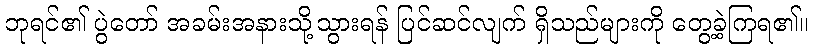
ဘုရင်၏ ပွဲတော် အခမ်းအနားသို့သွားရန် ပြင်ဆင်လျက် ရှိသည်များကို တွေ့ခဲ့ကြရ၏။